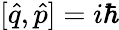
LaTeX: [\hat{q},\hat{p}]=i\hbar